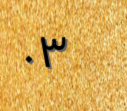
٠٣